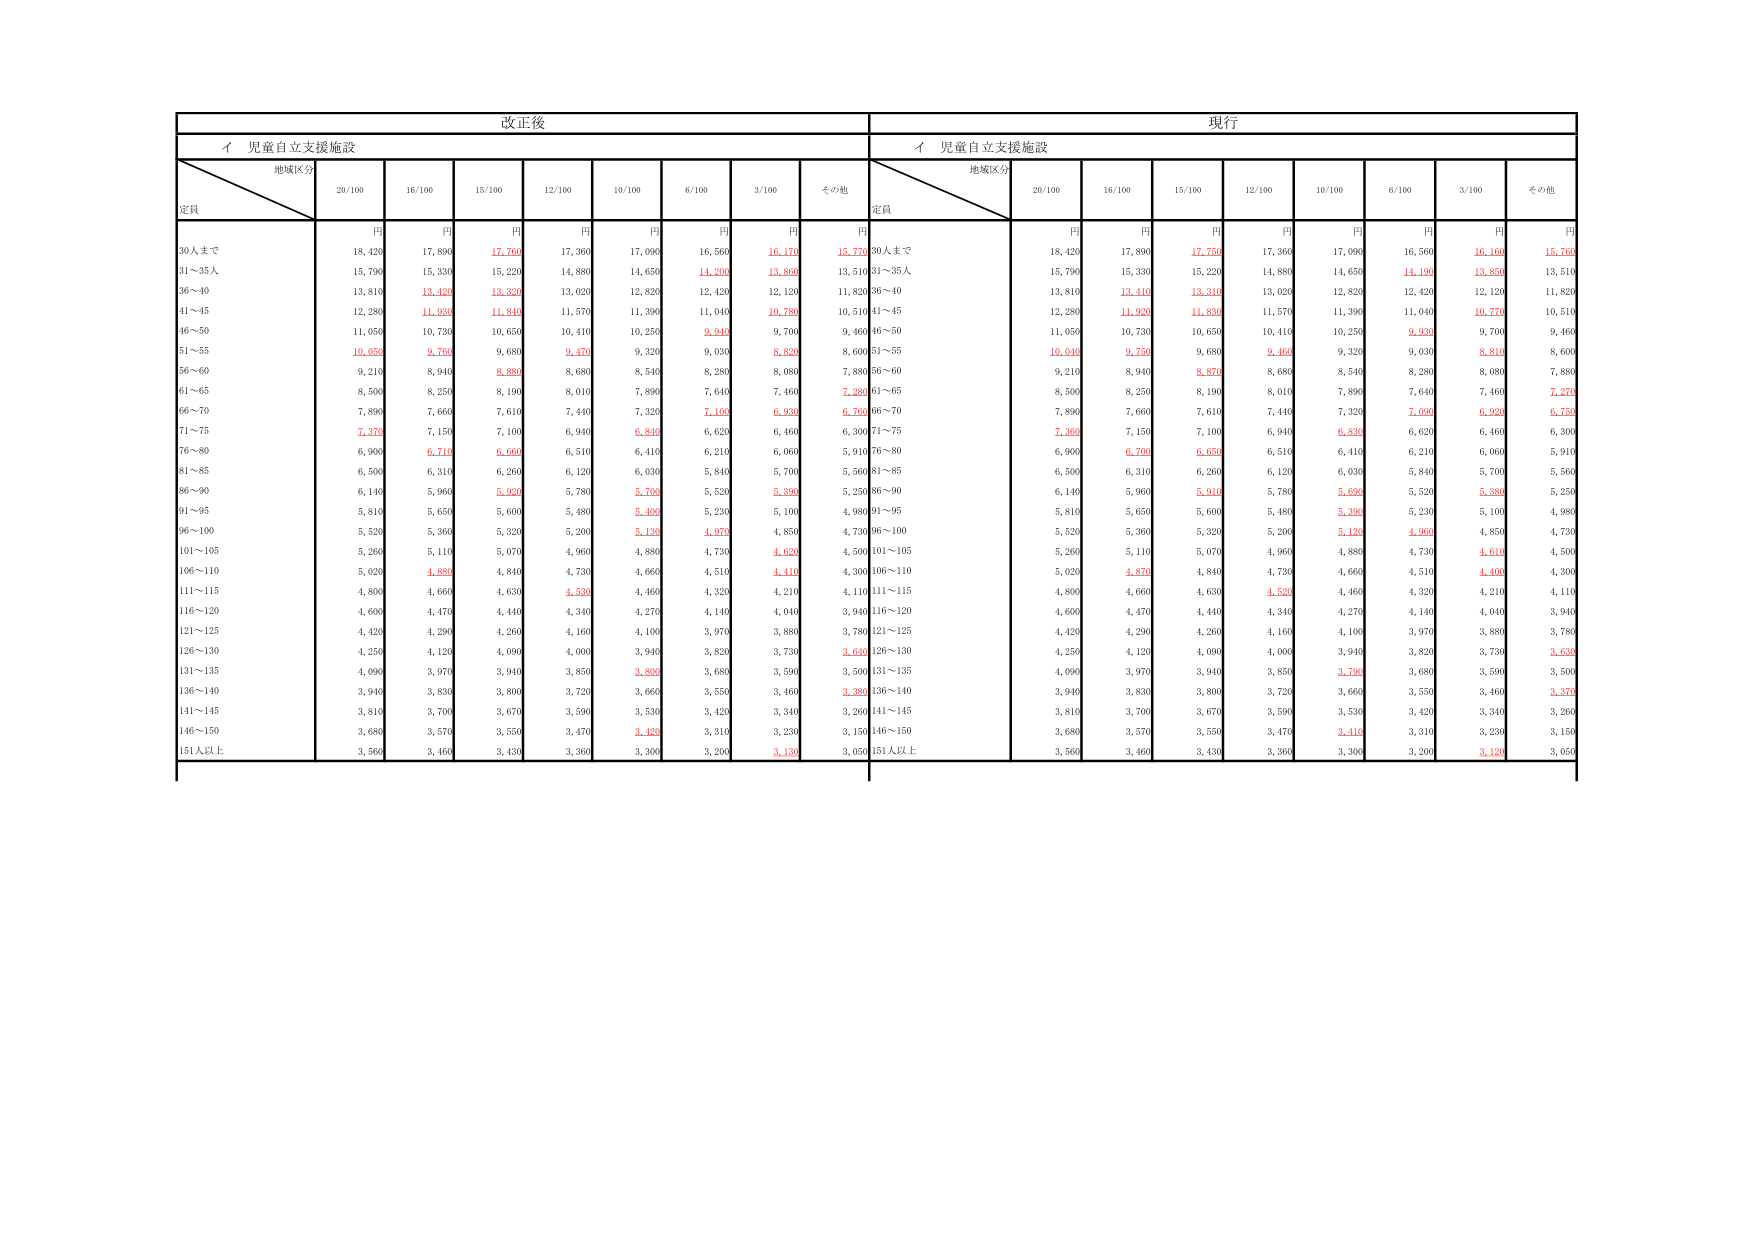
改正後
現行
イ 児童自立支援施設
イ 児童自立支援施設
地域区分
定員
20/100
16/100
15/100
12/100
10/100
6/100
3/100
その他
地域区分
定員
20/100
16/100
15/100
12/100
10/100
6/100
3/100
その他
円
円
円
円
円
円
円
円
円
円
円
円
円
円
円
円
円
円
30人まで
18,420
17,890
17,760
17,360
17,090
16,560
16,170
15,770
30人まで
18,420
17,890
17,750
17,360
17,090
16,560
16,160
15,760
31～35人
15,790
15,330
15,220
14,880
14,650
14,200
13,860
13,510
31～35人
15,790
15,330
15,220
14,880
14,650
14,190
13,850
13,510
36～40
13,810
13,420
13,320
13,020
12,820
12,420
12,120
11,820
36～40
13,810
13,410
13,310
13,020
12,820
12,420
12,120
11,820
41～45
12,280
11,930
11,840
11,570
11,390
11,040
10,780
10,510
41～45
12,280
11,920
11,830
11,570
11,390
11,040
10,770
10,510
46～50
11,050
10,730
10,650
10,410
10,250
9,940
9,700
9,460
46～50
11,050
10,730
10,650
10,410
10,250
9,930
9,700
9,460
51～55
10,050
9,760
9,680
9,470
9,320
9,030
8,820
8,600
51～55
10,040
9,750
9,680
9,460
9,320
9,030
8,810
8,600
56～60
9,210
8,940
8,880
8,680
8,540
8,280
8,080
7,880
56～60
9,210
8,940
8,870
8,680
8,540
8,280
8,080
7,880
61～65
8,500
8,250
8,190
8,010
7,890
7,640
7,460
7,280
61～65
8,500
8,250
8,190
8,010
7,890
7,640
7,460
7,270
66～70
7,890
7,660
7,610
7,440
7,320
7,100
6,930
6,760
66～70
7,890
7,660
7,610
7,440
7,320
7,090
6,920
6,750
71～75
7,370
7,150
7,100
6,940
6,840
6,620
6,460
6,300
71～75
7,360
7,150
7,100
6,940
6,830
6,620
6,460
6,300
76～80
6,900
6,710
6,660
6,510
6,410
6,210
6,060
5,910
76～80
6,900
6,700
6,650
6,510
6,410
6,210
6,060
5,910
81～85
6,500
6,310
6,260
6,120
6,030
5,840
5,700
5,560
81～85
6,500
6,310
6,260
6,120
6,030
5,840
5,700
5,560
86～90
6,140
5,960
5,920
5,780
5,700
5,520
5,390
5,250
86～90
6,140
5,960
5,910
5,780
5,690
5,520
5,380
5,250
91～95
5,810
5,650
5,600
5,480
5,400
5,230
5,100
4,980
91～95
5,810
5,650
5,600
5,480
5,390
5,230
5,100
4,980
96～100
5,520
5,360
5,320
5,200
5,130
4,970
4,850
4,730
96～100
5,520
5,360
5,320
5,200
5,120
4,960
4,850
4,730
101～105
5,260
5,110
5,070
4,960
4,880
4,730
4,620
4,500
101～105
5,260
5,110
5,070
4,960
4,880
4,730
4,610
4,500
106～110
5,020
4,880
4,840
4,730
4,660
4,510
4,410
4,300
106～110
5,020
4,870
4,840
4,730
4,660
4,510
4,400
4,300
111～115
4,800
4,660
4,630
4,530
4,460
4,320
4,210
4,110
111～115
4,800
4,660
4,630
4,520
4,460
4,320
4,210
4,110
116～120
4,600
4,470
4,440
4,340
4,270
4,140
4,040
3,940
116～120
4,600
4,470
4,440
4,340
4,270
4,140
4,040
3,940
121～125
4,420
4,290
4,260
4,160
4,100
3,970
3,880
3,780
121～125
4,420
4,290
4,260
4,160
4,100
3,970
3,880
3,780
126～130
4,250
4,120
4,090
4,000
3,940
3,820
3,730
3,640
126～130
4,250
4,120
4,090
4,000
3,940
3,820
3,730
3,630
131～135
4,090
3,970
3,940
3,850
3,800
3,680
3,590
3,500
131～135
4,090
3,970
3,940
3,850
3,790
3,680
3,590
3,500
136～140
3,940
3,830
3,800
3,720
3,660
3,550
3,460
3,380
136～140
3,940
3,830
3,800
3,720
3,660
3,550
3,460
3,370
141～145
3,810
3,700
3,670
3,590
3,530
3,420
3,340
3,260
141～145
3,810
3,700
3,670
3,590
3,530
3,420
3,340
3,260
146～150
3,680
3,570
3,550
3,470
3,420
3,310
3,230
3,150
146～150
3,680
3,570
3,550
3,470
3,410
3,310
3,230
3,150
151人以上
3,560
3,460
3,430
3,360
3,300
3,200
3,130
3,050
151人以上
3,560
3,460
3,430
3,360
3,300
3,200
3,120
3,050